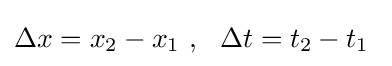
\Delta x=x_{2}-x_{1}\ ,\ \ \Delta t=t_{2}-t_{1}\